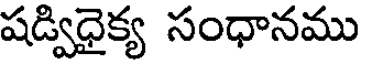
షడ్విధైక్య సంధానము